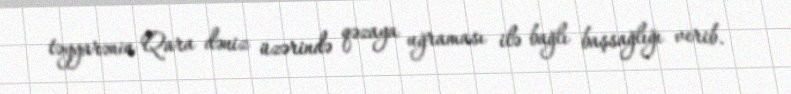
təyyarənin Qara dəniz üzərində qəzaya uğraması ilə bağlı başsağlığı verib.